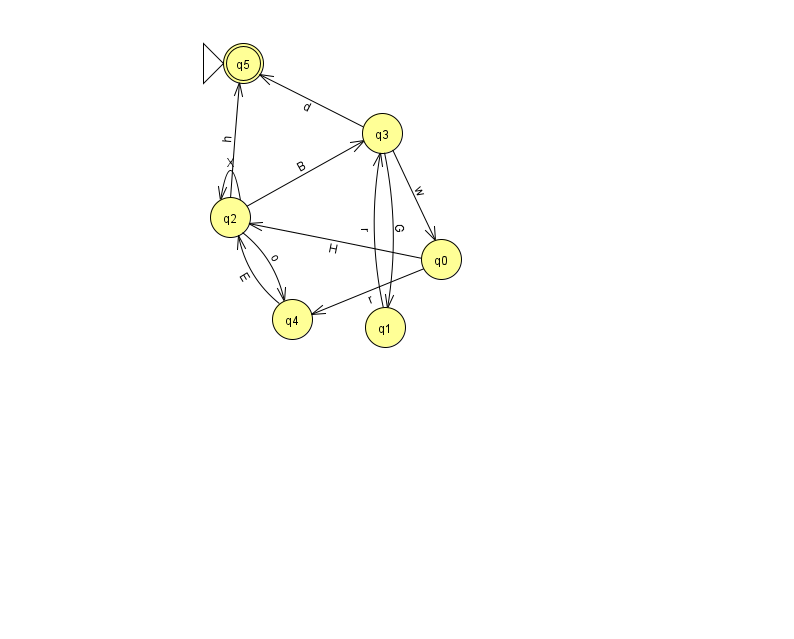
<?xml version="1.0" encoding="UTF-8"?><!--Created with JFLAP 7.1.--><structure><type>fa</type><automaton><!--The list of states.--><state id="0" name="q0"><x>441.0</x><y>246.0</y></state><state id="1" name="q1"><x>385.0</x><y>314.0</y></state><state id="2" name="q2"><x>230.0</x><y>204.0</y></state><state id="3" name="q3"><x>382.0</x><y>120.0</y></state><state id="4" name="q4"><x>292.0</x><y>306.0</y></state><state id="5" name="q5"><x>243.0</x><y>50.0</y><initial/><final/></state><!--The list of transitions.--><transition><from>0</from><to>4</to><read>r</read></transition><transition><from>2</from><to>4</to><read>o</read></transition><transition><from>3</from><to>5</to><read>d</read></transition><transition><from>3</from><to>1</to><read>G</read></transition><transition><from>3</from><to>0</to><read>w</read></transition><transition><from>1</from><to>3</to><read>r</read></transition><transition><from>0</from><to>2</to><read>H</read></transition><transition><from>2</from><to>5</to><read>h</read></transition><transition><from>2</from><to>2</to><read>X</read></transition><transition><from>4</from><to>2</to><read>E</read></transition><transition><from>2</from><to>3</to><read>B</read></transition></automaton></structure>